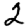
Digit: 2